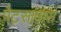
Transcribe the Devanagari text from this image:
पैट्सावास